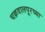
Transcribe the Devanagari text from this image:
चक्रवालपूरच्या